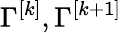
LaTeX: \Gamma^{[k]},\Gamma^{[k+1]}